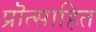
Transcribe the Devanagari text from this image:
प्रॊत्साहित